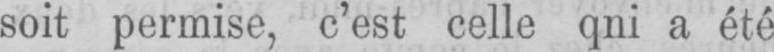
soit permise, c’est celle qni a été